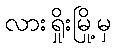
လားရှိုးမြို့မှ